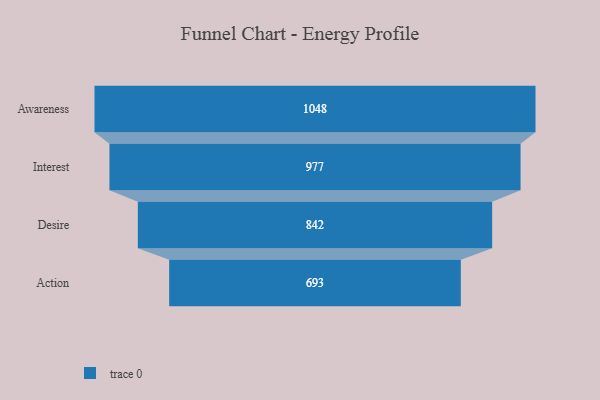
{"axis": {"x": "Stage", "y": "Value"}, "legend": [""], "data": [{"x": "Awareness", "y": 1048.0, "type": ""}, {"x": "Interest", "y": 977.0, "type": ""}, {"x": "Desire", "y": 842.0, "type": ""}, {"x": "Action", "y": 693.0, "type": ""}]}